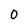
Character: 0